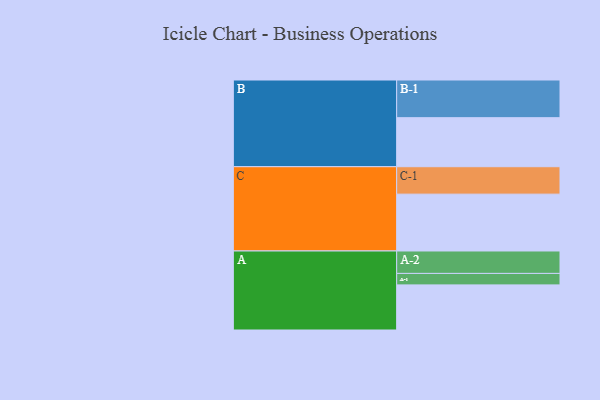
{"axis": {"x": "Segment", "y": "Value"}, "legend": ["", "A", "B", "C"], "data": [{"x": "A", "y": 334, "type": ""}, {"x": "B", "y": 363, "type": ""}, {"x": "C", "y": 421, "type": ""}, {"x": "A-1", "y": 85, "type": "A"}, {"x": "A-2", "y": 166, "type": "A"}, {"x": "B-1", "y": 279, "type": "B"}, {"x": "C-1", "y": 203, "type": "C"}]}